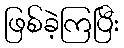
ဖြစ်ခဲ့ကြပြီး